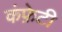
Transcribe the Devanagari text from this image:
कंफ़ेटी